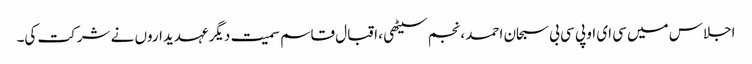
اجلاس میں سی ای او پی سی بی سبحان احمد ، نجم سیٹھی ، اقبال قاسم سمیت دیگر عہدیداروں نے شرکت کی۔